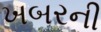
ખબરની